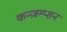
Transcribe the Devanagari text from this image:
कन्ज़म्प्शन